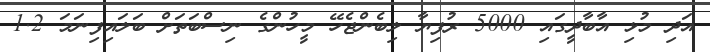
އަދި މުޅި އާބާދީގައި 5000 ރުފިޔާ ލިބެންޖެހޭ މީހުންގެ ނިސްބަތަށް ބަލައިފިނަމަ 1.2